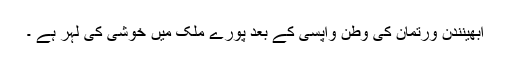
ابھینندن ورتمان کی وطن واپسی کے بعد پورے ملک میں خوشی کی لہر ہے ۔